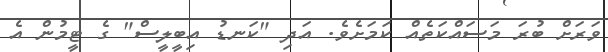
ވަރަށް ބުރަ މަސައްކަތެއް ކަމަށެވެ. އަދި "ކަނޑު އިބީލީސް" ގެ ޓީމުން އެ